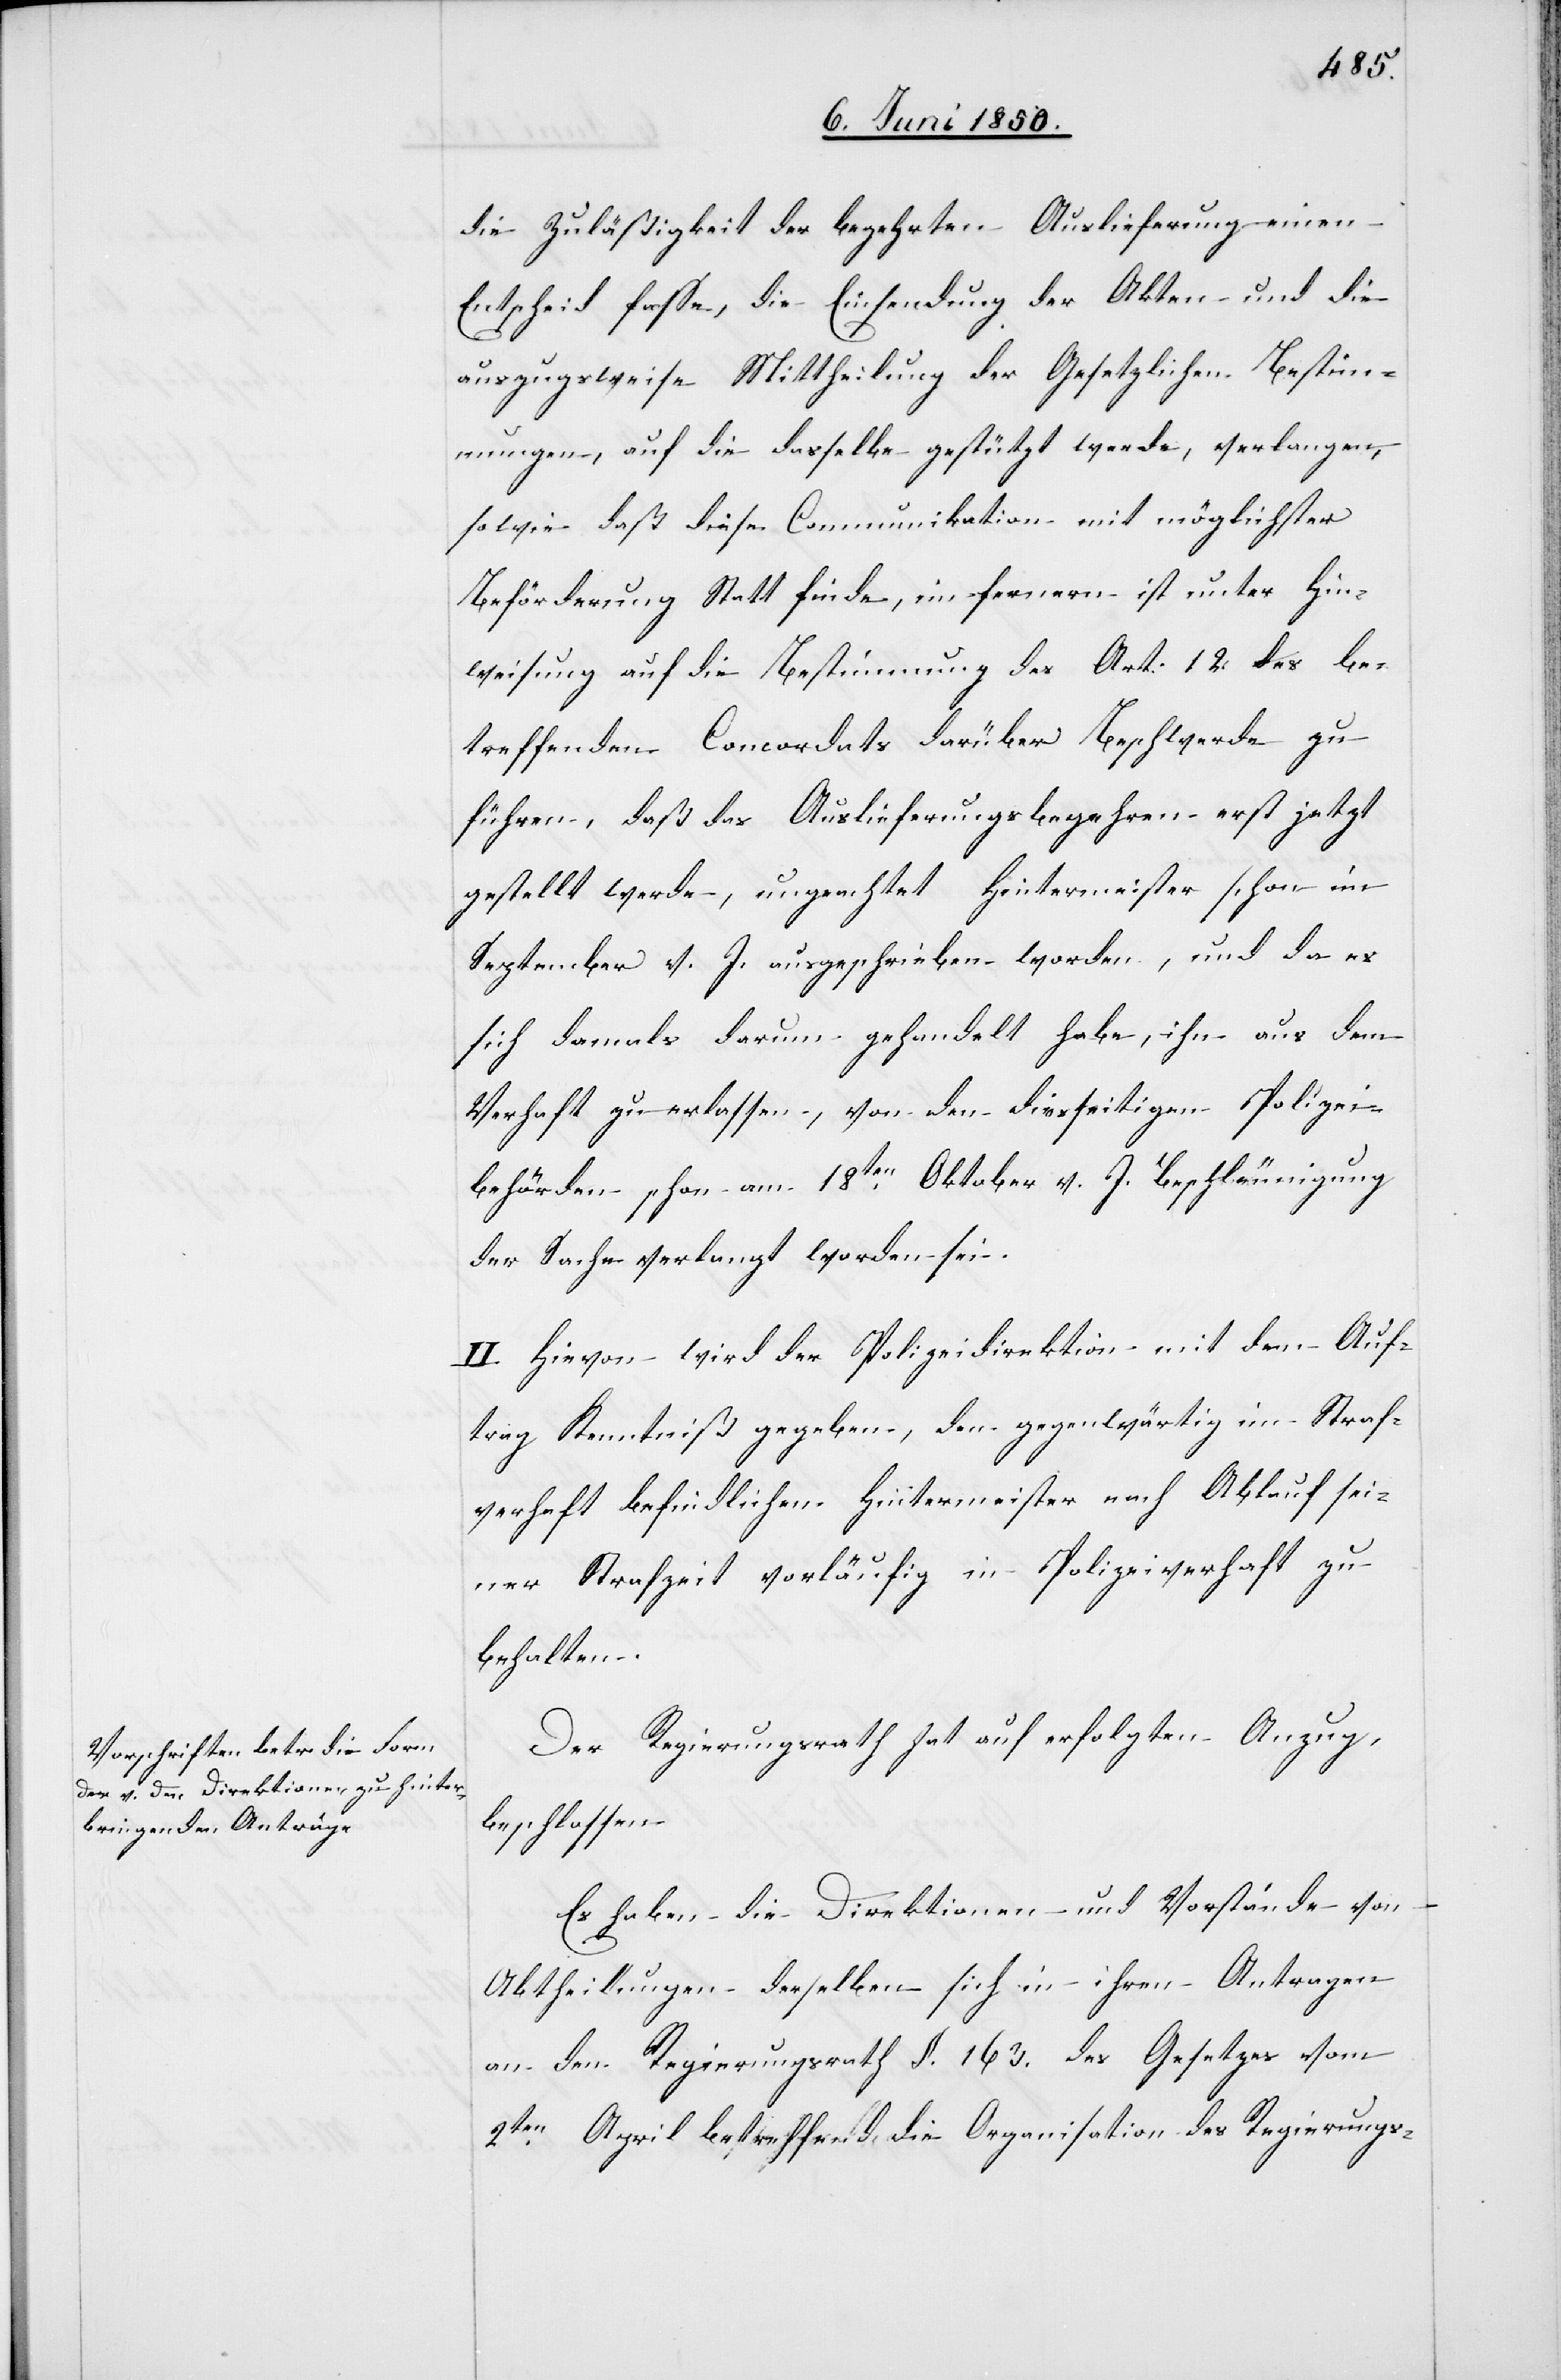
die Zuläßigkeit der begehrten Auslieferung einen
Entscheid fasse, die Einsendung der Akten und die
auszugsweise Mittheilung der Gesetzlichen Bestimm¬
ungen, auf die dasselbe gestützt werde, verlangen,
sowie daß diese Communikation mit möglichster
Beförderung Statt finde, im fernern ist unter Hin¬
weisung auf die Bestimmung des Art: 12. des be¬
treffenden Concordats darüber Beschwerde zu
führen, daß das Auslieferungsbegehren erst jetzt
gestellt werde, ungeachtet Hintermeister schon im
September v. J. ausgeschrieben worden, und da es
sich damals darum gehandelt habe, ihn aus dem
Verhaft zu erlassen, von den diesseitigen Polizei¬
behörden schon am 18ten Oktober v. J. Beschleunigung
der Sache verlangt worden sei.
II. Hievon wird der Polizeidirektion mit dem Auf¬
trag Kenntniß gegeben, den gegenwärtig im Straf¬
verhaft befindlichen Hintermeister nach Ablauf sei¬
ner Strafzeit vorläufig in Polizeiverhaft zu
behalten.
Der Regierungsrath hat auf erfolgten Anzug,
beschlossen
Es haben die Direktionen und Vorstände von
Abtheilungen derselben sich in ihren Antragen
an den Regierungsrath []§. 163. des Gesetzes vom
2ten April betreffend die Organisation des Regierungs-